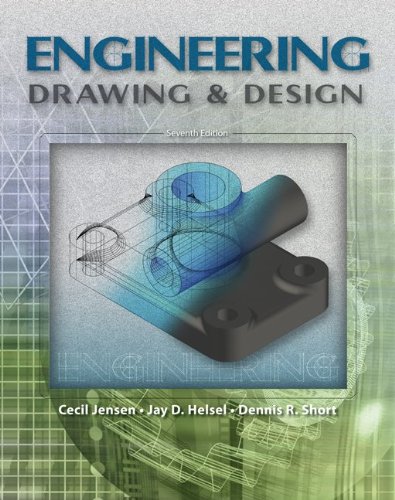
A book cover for Engineering Drawing And Design; Cecil Jensen; Engineering & Transportation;